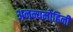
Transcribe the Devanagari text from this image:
अनन्यमोहिनी